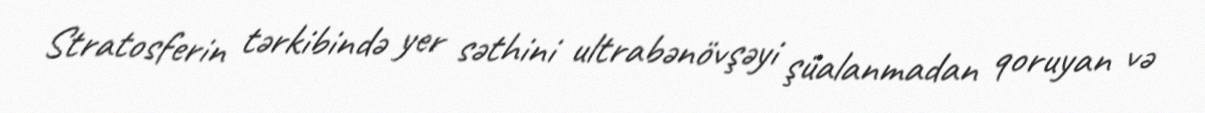
Stratosferin tərkibində yer səthini ultrabənövşəyi şüalanmadan qoruyan və